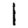
Digit: 1